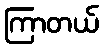
ကြာတယ်